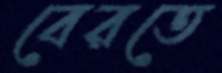
বেরতে